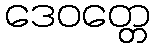
ဒေဝတ္တေ